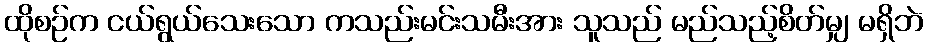
ထိုစဉ်က ငယ်ရွယ်သေးသော ကသည်းမင်းသမီးအား သူသည် မည်သည့်စိတ်မျှ မရှိဘဲ